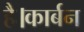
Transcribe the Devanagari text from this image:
है।कार्बन